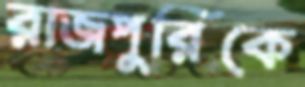
রাজপুরিকে